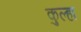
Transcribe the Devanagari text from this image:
कुल्हा